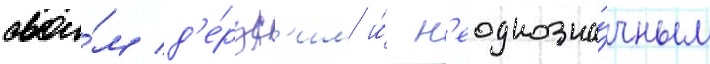
свои́м д'е́рзк'им и́ н'еоднозна́чным